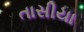
તાસીયા